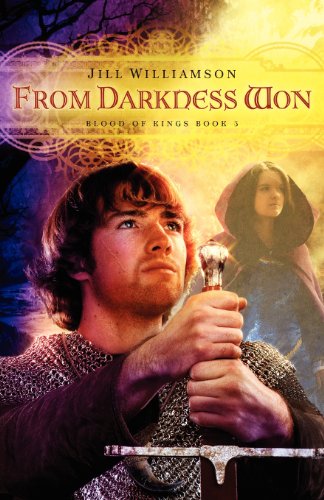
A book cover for From Darkness Won (Blood of Kings (Jill Williamson)); Jill Williamson; Religion & Spirituality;